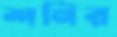
শনির